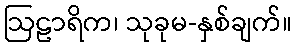
ဩဠာရိက၊ သုခုမ-နှစ်ချက်။